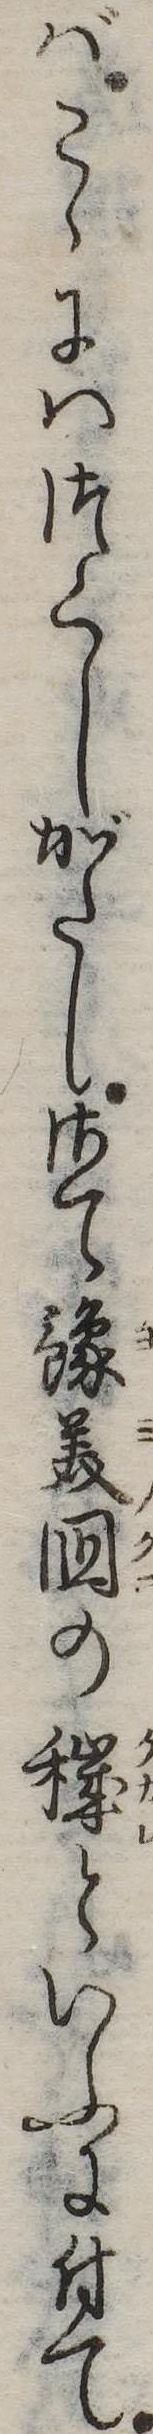
ばこゝにはつくしがたしさて予美国の穢といふに付て